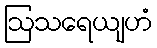
ဩသရေယျဟံ